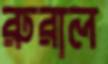
রুরাল